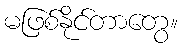
မဖြစ်နိုင်တာတွေ။